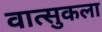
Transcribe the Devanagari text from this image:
वात्सुकला